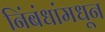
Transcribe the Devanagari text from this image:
निंबंधांमधून